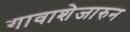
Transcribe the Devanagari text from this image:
गावाशेजारुन